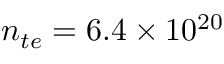
n _ { t e } = 6 . 4 \times 1 0 ^ { 2 0 }